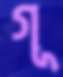
গূ